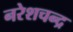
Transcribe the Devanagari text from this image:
नरेशचन्द्र